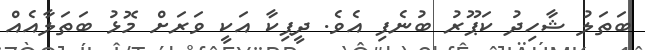
ބަތަލު ޝާހިދު ކަޕޫރު ބުނެފި އެވެ. ދީޕިކާ އަކީ ވަރަށް މޮޅު ބަތަލާއެއް